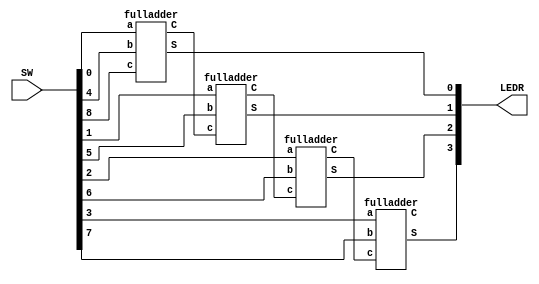
`timescale 1ns / 1ns // `timescale time_unit/time_precision

//SW[2:0] data inputs
//SW[9] select signals

//LEDR[0] output display

module part2(SW,LEDR);
    input [9:0] SW;
	// input [9:7] SW;
    output [9:0] LEDR;
	 wire c1, c2, c3;
	 fulladder x0(.a(SW[0]),.b(SW[4]),.c(SW[8]),.S(LEDR[0]),.C(c1));
	 fulladder x1(.a(SW[1]),.b(SW[5]),.c(c1),.S(LEDR[1]),.C(c2));
	 fulladder x2(.a(SW[2]),.b(SW[6]),.c(c2),.S(LEDR[2]),.C(c3));
	 fulladder x3(.a(SW[3]),.b(SW[7]),.c(c3),.S(LEDR[3]),.C(LEDR[9]));

	 endmodule

module fulladder(input a,b,c, output S,C);

	assign S = (!a*!b*c+a*!b*!c+!a*b*!c+a*b*c); 
	assign C = (a*!b*c+!a*b*c+a*b*!c+a*b*c);
endmodule